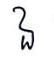
ឯ